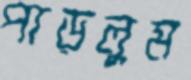
পাড়লুম